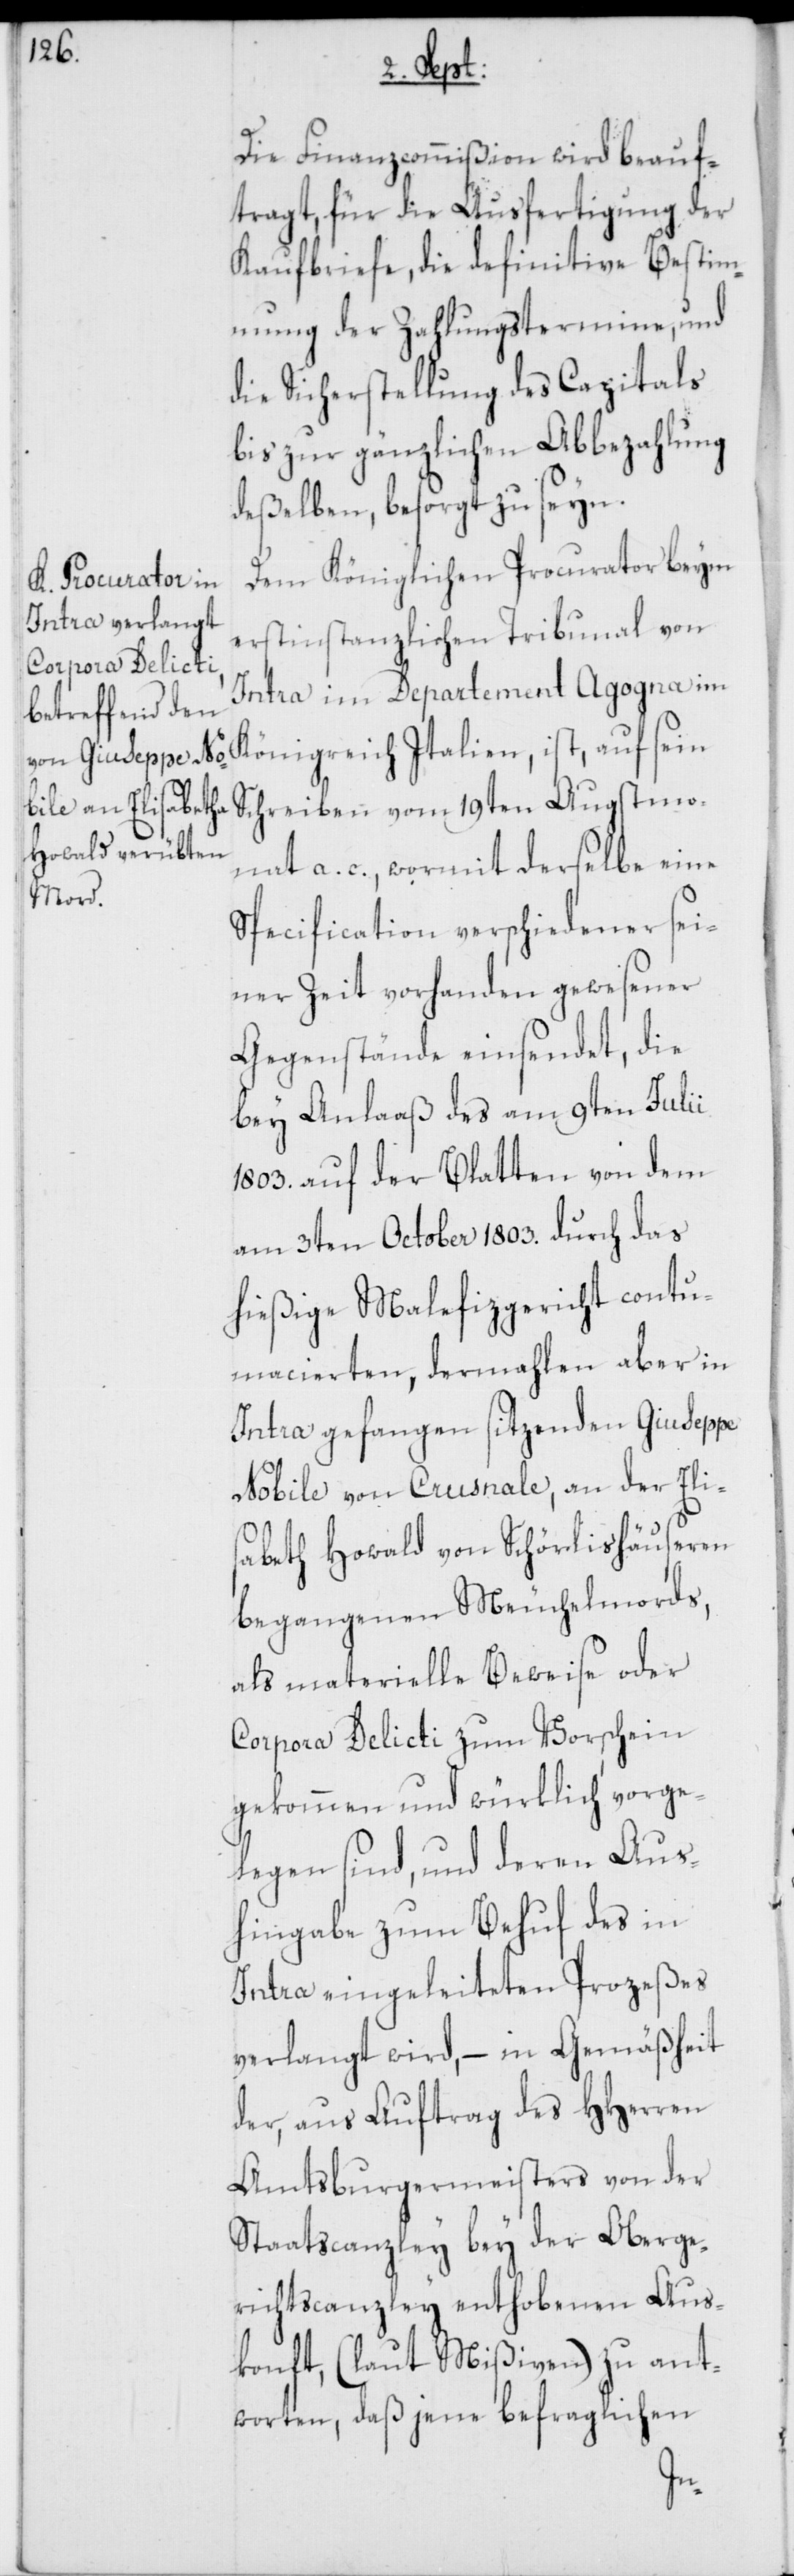
Die Finanzcommißion wird beauf¬
tragt, für die Ausfertigung der
Kaufbriefe, die definitive Bestim¬
mung der Zahlungstermine, und
die Sicherstellung des Capitals
bis zur gänzlichen Abbezahlung
deßelben, besorgt zu seyn.
Dem Königlichen Procurathor beym
erstinstanzlichen Tribunal von
Intra im Departement Agogna im
ist, auf sein Schreiben vom 19ten Augstmo¬
nat a. c., wormit derselbe eine
Specification verschiedener sei¬
ner Zeit vorhanden gewesener
Gegenstände einsendet, die
bey Anlaaß des am 9ten Julii
1803. auf der Blatten von dem
am 3ten October 1803. durch das
hießige Malefizgericht contu¬
macierten, dermahlen aber in
Intra gefangen sitzenden Giuseppe
Nobile von Crusnale, an der Eli¬
sabeth Howald von Schörlishäuseren
begangenen Meuchelmords,
als materielle Beweise oder
Corpora Delicti zum Vorschein
gekommen und würklich vorge¬
legen sind, und deren Aus¬
hingabe zum Behuf des in
Intra eingeleiteten Prozeßes
verlangt wird, – in Gemäßheit
der, aus Auftrag des HHerren
Amtsburgermeisters von der
Staatscanzley bey der Oberge¬
richtscanzley enthobenen Aus¬
konft, (laut Mißiven) zu ant¬
worten, daß jene befraglichen